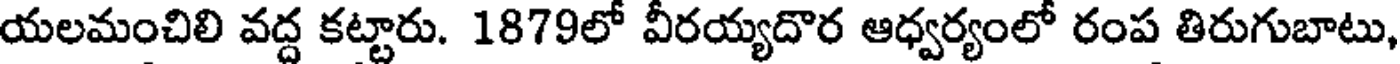
యలమంచిలి వద్ద కట్టారు. 1879లో వీరయ్యదొర ఆధ్వర్యంలో రంప తిరుగుబాటు,